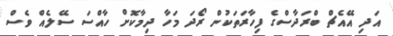
އަދި އޭއެޗް ބްރަދާސްގެ ފިހާރަތަކުން ރޯދަ މަހާ ދިމާކޮށް ހާއްސަ ސޭލެއް ވެސް